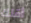
أقلك